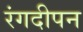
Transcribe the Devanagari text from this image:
रंगदीपन